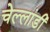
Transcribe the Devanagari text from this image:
चेल्लांडी